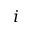
i